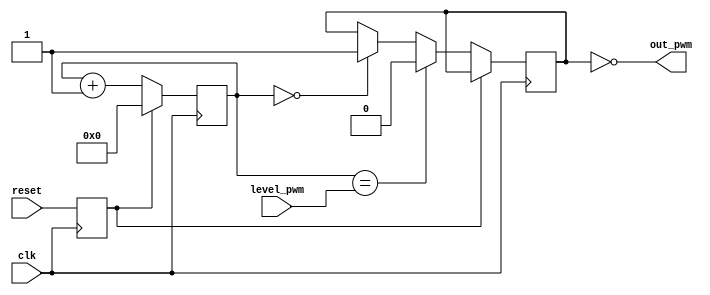
`timescale 1ns / 1ps

/*
Engineer:       sboldenko
Create Date:    21:50:24 03/15/2021 
Design Name:    digital_clock
Module Name:    pwm 
Project Name:   digital_wifi_clock
Target Devices: spartan-3 xc3s50an-4tqg144
Tool versions:  ise 14.7
*/

module pwm
(
    input  clk,
    input  reset,
    input  [9:0] level_pwm,
    output out_pwm
);
    
    reg reset_reg = 1'b0;
    reg [9:0] counter = 10'h000;
    reg value = 1'b0; 
    
    always@(posedge clk) begin
        reset_reg <= reset;

        if (reset_reg) 
            counter <= 10'h000;
        else begin
            counter <= counter + 1'b1;
            
            if (counter == level_pwm)
                value <= 1'b0;
            else if (counter == 10'h000)
                value <= 1'b1;
        end 
    end
    
    assign out_pwm = ~value;
    
endmodule